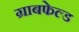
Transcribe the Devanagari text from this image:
ग्राबफेल्ड